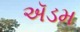
ઍડમ